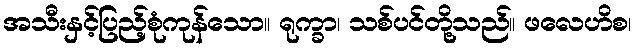
အသီးနှင့်ပြည့်စုံကုန်သော။ ရုက္ခာ၊ သစ်ပင်တို့သည်။ ဖလေဟိစ၊